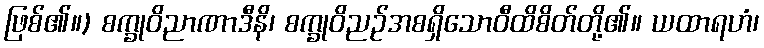
ဖြစ်၏။) စက္ခုဝိညာဏာဒီနိ၊ စက္ခုဝိညဉ်အစရှိသောဝီထိစိတ်တို့၏။ ယထာရဟံ၊